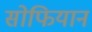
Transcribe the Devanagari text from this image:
सोफियान